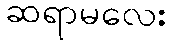
ဆရာမလေး